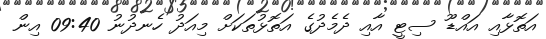
އަތޮޅާއި އައްޑޫ ސިޓީ އާއި ދެމެދުގެ އަތޮޅުތަކަށް މިއަދު ހެނދުނު 09:40 އިން